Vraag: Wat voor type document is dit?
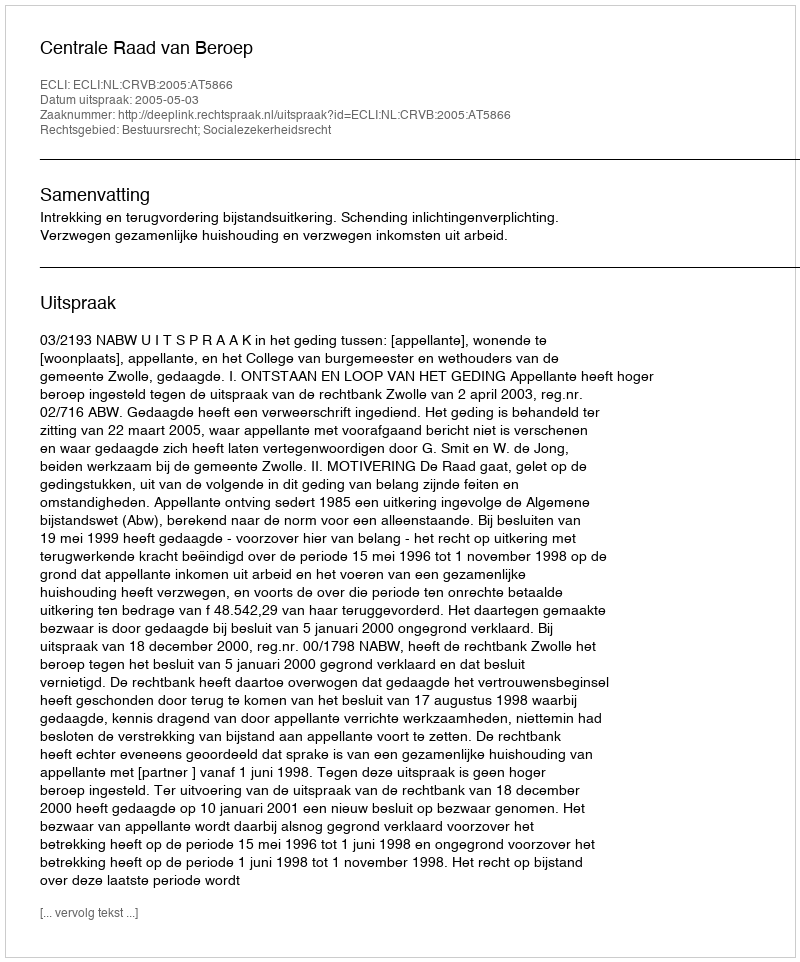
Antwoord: Uitspraak